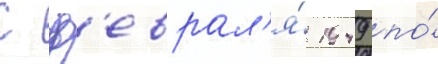
С ф'еврал'я́ 1949 по́